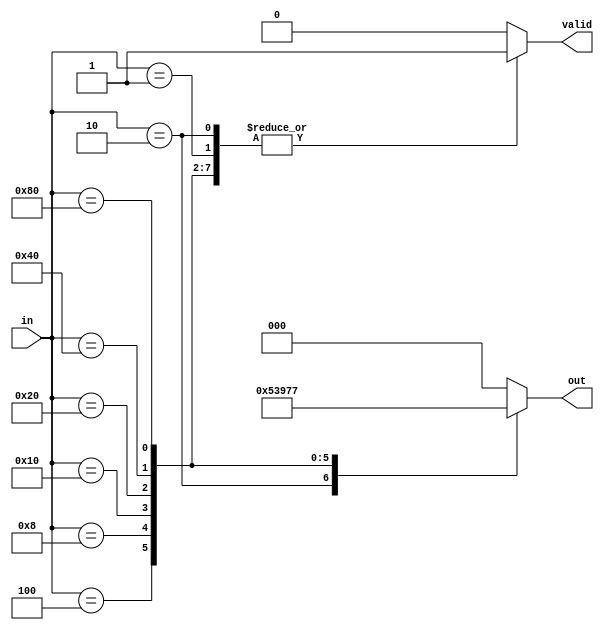
module encoder (in,out,valid);
input [7:0]in;
output valid;
output [2:0]out;
reg [2:0]out;
reg valid;
always @ (in)
begin 
	case (in)
		8'b00000001: begin
			out = 3'b000;
			valid = 1;
		end
		8'b00000010: begin
			out = 3'b001;
			valid = 1;
		end
		8'b00000100: begin
			out = 3'b010;
			valid = 1;
		end
		8'b00001000: begin
			out = 3'b011;
			valid = 1;
		end
		8'b00010000: begin
			out = 3'b100;
			valid = 1;
		end
		8'b00100000: begin
			out = 3'b101;
			valid = 1;
		end
		8'b01000000: begin
			out = 3'b110;
			valid = 1;
		end
		8'b10000000: begin
			out = 3'b111;
			valid = 1;
		end
		default: begin 
			out = 3'b000;
			valid = 0;
		end
	endcase
end
endmodule